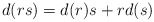
\begin{align*} d(rs)=d(r)s+rd(s)\end{align*}